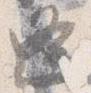
逢